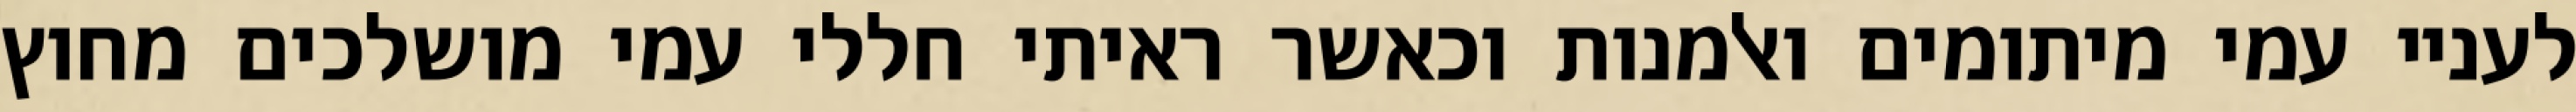
לעניי עמי מיתומים ואלמנות וכאשר ראיתי חללי עמי מושלכים מחוץ